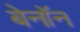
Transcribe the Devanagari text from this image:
बेनॉन